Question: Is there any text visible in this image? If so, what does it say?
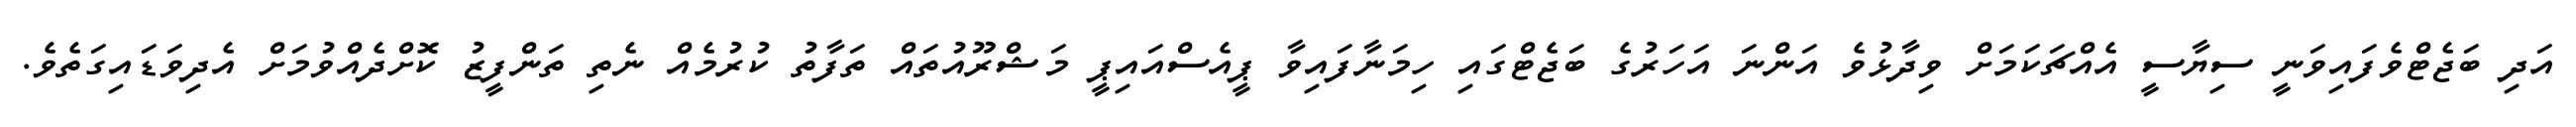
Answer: އަދި ބަޖެޓްވެފައިވަނީ ސިޔާސީ އެއްޗަކަމަށް ވިދާޅުވެ އަންނަ އަހަރުގެ ބަޖެޓްގައި ހިމަނާފައިވާ ޕީއެސްއައިޕީ މަޝްރޫއުތައް ތަފާތު ކުރުމެއް ނެތި ތަންފީޒު ކޮށްދެއްވުމަށް އެދިވަޑައިގަތެވެ.